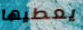
يعطيها